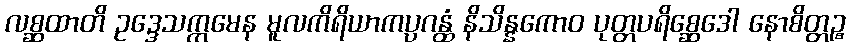
လစ္ဆထာတိ ဥဒ္ဒေသက္ကမေန မူလကိရိယာကပ္ပဂန္ထံ နိသိန္နကောဝ ပုတ္တပရိစ္ဆေဒေါ နောစိတ္တဉ္စ